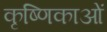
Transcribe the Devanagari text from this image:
कृष्णिकाओं